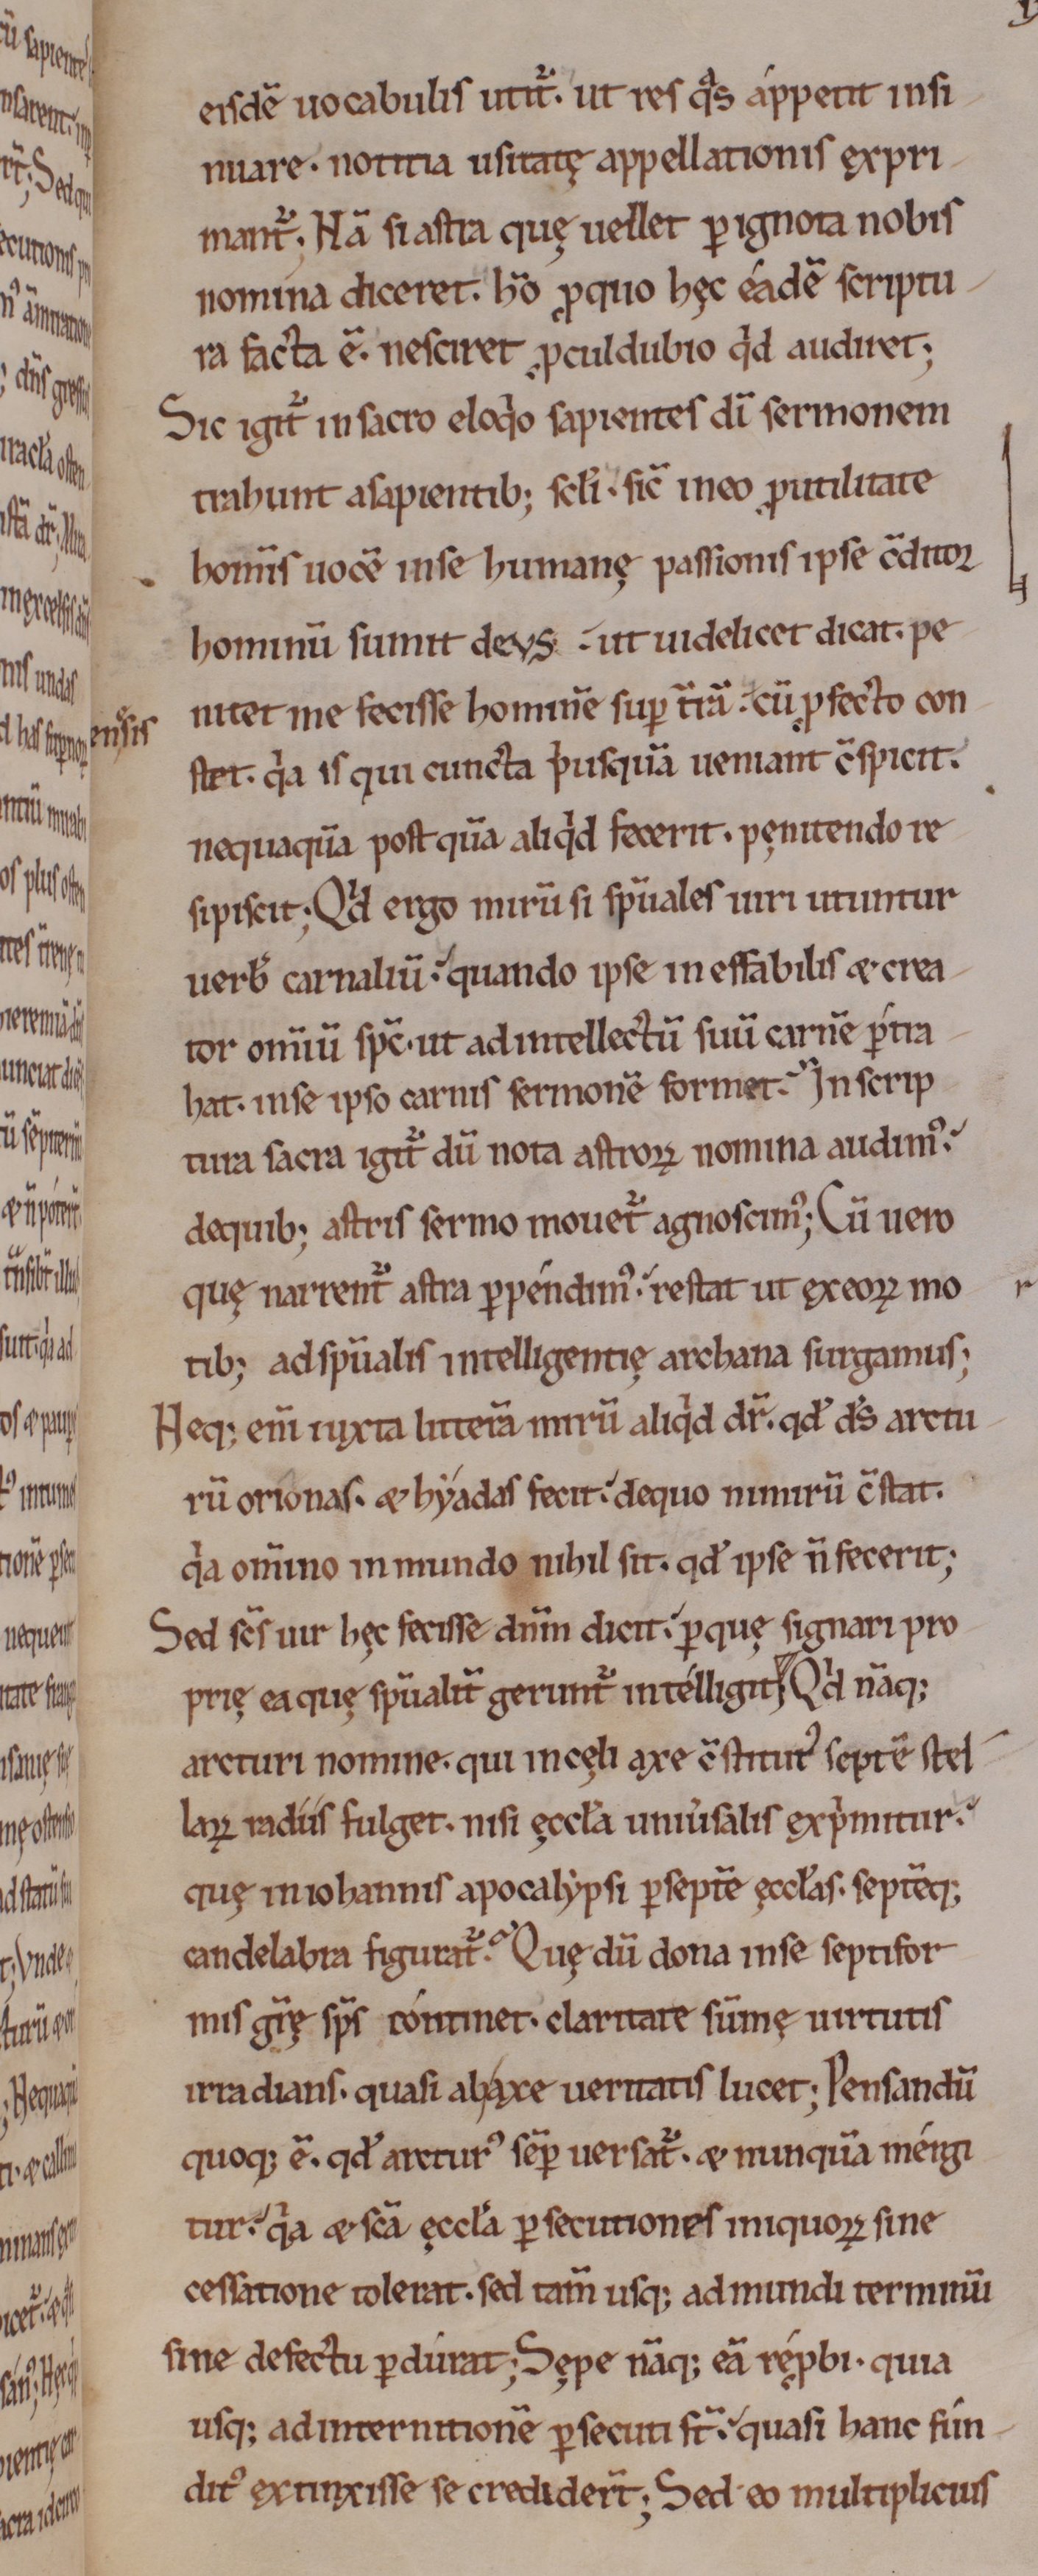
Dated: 1000–1199